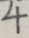
4